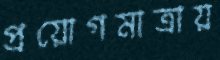
প্রয়োগমাত্রায়